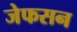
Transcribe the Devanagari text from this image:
जेफसन